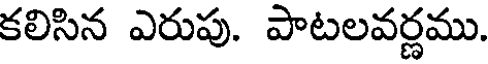
కలిసిన ఎరుపు. పాటలవర్ణము.